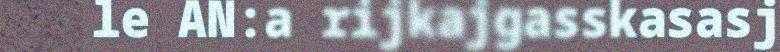
le AN:a rijkajgasskasasj